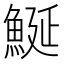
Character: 鯅